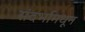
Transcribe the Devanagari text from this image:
संदर्भामधून